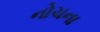
નોચના